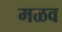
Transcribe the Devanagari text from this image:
मळव